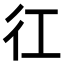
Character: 𢓁